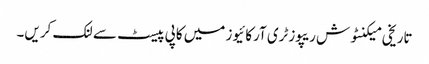
تاریخی میکنٹوش ریپوزٹری آرکائیوز میں کاپی پیسٹ سے لنک کریں۔